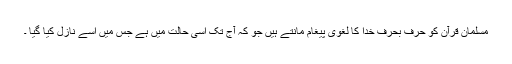
مسلمان قرآن کو حرف بحرف خدا کا لغوی پیغام مانتے ہیں جو کہ آج تک اسی حالت میں ہے جس میں اسے نازل کیا گیا ۔